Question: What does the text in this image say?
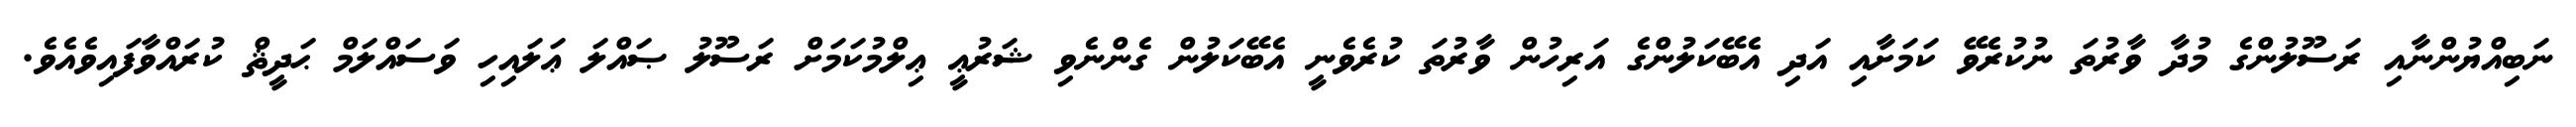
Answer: ނަބިއްޔުންނާއި ރަސޫލުންގެ މުދާ ވާރުތަ ނުކުރެވޭ ކަމަށާއި އަދި އެބޭކަލުންގެ އަރިހުން ވާރުތަ ކުރެވެނީ އެބޭކަލުން ގެންނެވި ޝަރުޢީ ޢިލްމުކަމަށް ރަސޫލު ޞައްލަ ޢަލައިހި ވަސައްލަމް ޙަދީޘް ކުރައްވާފައިވެއެވެ.